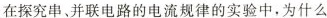
在探究串、并联电路的电流规律的实验中，为什么